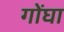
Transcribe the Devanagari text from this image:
गोंघा